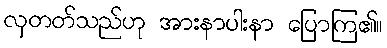
လှတတ်သည်ဟု အားနာပါးနာ ပြောကြ၏။